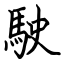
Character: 駛